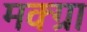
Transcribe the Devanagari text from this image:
मक्ग्रा